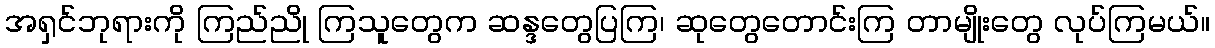
အရှင်ဘုရားကို ကြည်ညို ကြသူတွေက ဆန္ဒတွေပြကြ၊ ဆုတွေတောင်းကြ တာမျိုးတွေ လုပ်ကြမယ်။